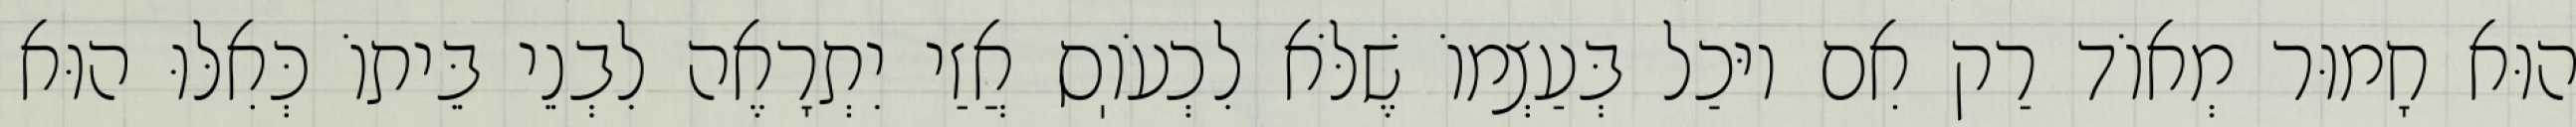
הוּא חָמוּר מְאוֹד רַק אִם יוּכַל בְּעַצְמוֹ שֶׁלֹּא לִכְעֹוֽס אֲזַי יִתְרָאֶה לִבְנֵי בֵּיתוֹ כְּאִלּוּ הוּא